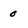
Character: 0